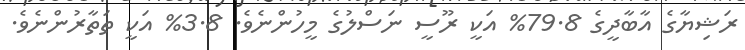
ރަޝިޔާގެ އާބާދީގެ 79.8% އަކީ ރޫސީ ނަސްލުގެ މީހުންނެވެ. 3.8% އަކީ ތަތާރުންނެވެ.